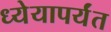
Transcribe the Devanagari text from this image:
ध्येयापर्यंत